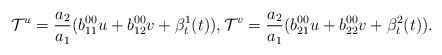
LaTeX: \begin{align*}\mathcal T^u=\frac{a_2}{a_1}(b^{00}_{11}u+b^{00}_{12}v+\beta^1_t(t)), \mathcal T^v=\frac{a_2}{a_1}(b^{00}_{21}u+b^{00}_{22}v+\beta^2_t(t)).\end{align*}